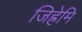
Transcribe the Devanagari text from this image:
जिह्रेमि